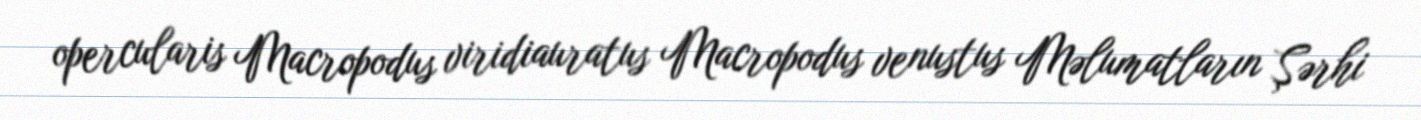
opercularis Macropodus viridiauratus Macropodus venustus Məlumatların Şərhi